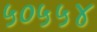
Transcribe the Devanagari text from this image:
५०५५४